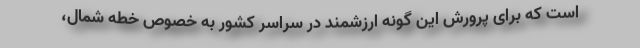
است که برای پرورش این گونه ارزشمند در سراسر کشور به خصوص خطه شمال،